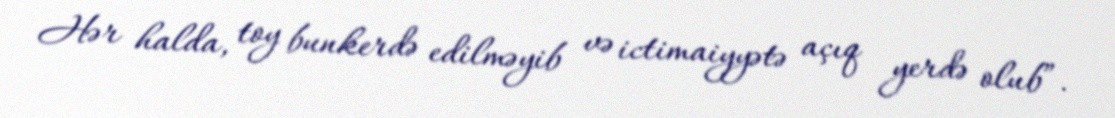
Hər halda, toy bunkerdə edilməyib və ictimaiyyətə açıq yerdə olub”.